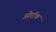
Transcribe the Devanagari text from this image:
ओरॉक